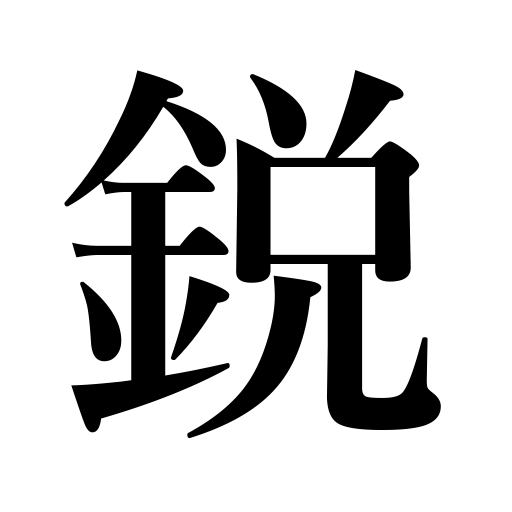
Meanings: pointed,sharp ear,shrewd,edge,sharp weapon,keen sense,picked men soldiers,the pick,penetrating eye,sharp,violent,scathing,sharpness